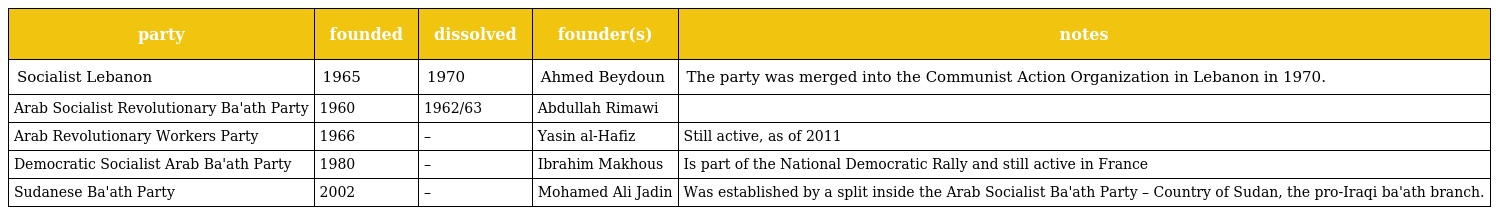
| party | founded | dissolved | founder(s) | notes |
 | --- | --- | --- | --- | --- |
 | Socialist Lebanon | 1965 | 1970 | Ahmed Beydoun | The party was merged into the Communist Action Organization in Lebanon in 1970. |
 | Arab Socialist Revolutionary Ba'ath Party | 1960 | 1962/63 | Abdullah Rimawi |  |
 | Arab Revolutionary Workers Party | 1966 | – | Yasin al-Hafiz | Still active, as of 2011 |
 | Democratic Socialist Arab Ba'ath Party | 1980 | – | Ibrahim Makhous | Is part of the National Democratic Rally and still active in France |
 | Sudanese Ba'ath Party | 2002 | – | Mohamed Ali Jadin | Was established by a split inside the Arab Socialist Ba'ath Party – Country of Sudan, the pro-Iraqi ba'ath branch. |